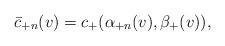
LaTeX: \begin{align*} \bar{c}_{+n}(v)=c_+(\alpha_{+n}(v),\beta_+(v)),\end{align*}